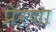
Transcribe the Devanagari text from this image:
प्रेऱणा